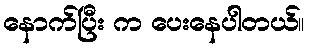
နောက်ပြီး က ပေးနေပါတယ်။